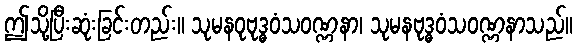
ဤသို့ပြီးဆုံးခြင်းတည်း။ သုမနဝုဗုဒ္ဓဝံသဝဏ္ဏနာ၊ သုမနဗုဒ္ဓဝံသဝဏ္ဏနာသည်။